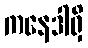
ကနေဒါရှိ